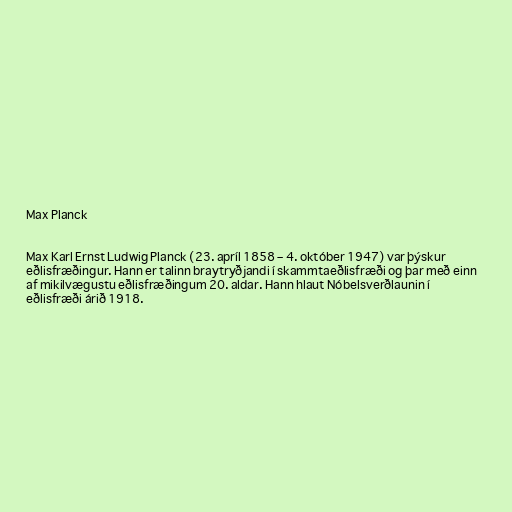
Max Planck

Max Karl Ernst Ludwig Planck (23. apríl 1858 – 4. október 1947) var þýskur
eðlisfræðingur. Hann er talinn braytryðjandi í skammtaeðlisfræði og þar með einn
af mikilvægustu eðlisfræðingum 20. aldar. Hann hlaut Nóbelsverðlaunin í
eðlisfræði árið 1918.